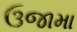
ઉજામા